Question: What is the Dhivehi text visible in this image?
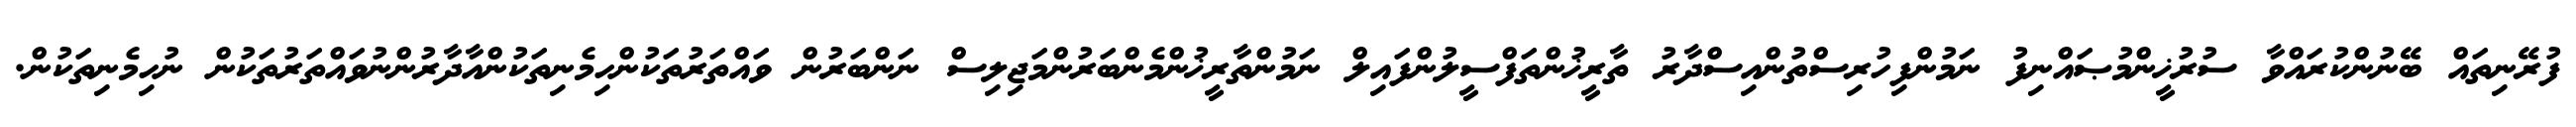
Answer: ފުރޭނިތައް ބޭނުންކުރައްވާ ސުރުޚީންމުޞައްނިފު ނަމުންފިހުރިސްތުންއިސްދާރު ތާރީޚުންތަފްސީލުންފައިލް ނަމުންތާރީޚުންމެންބަރުންމަޖިލިސް ނަންބަރުން ވައްތަރުތަކުންހިމެނިތަކުންއާދާރުންނުވައްތަރުތަކުން ނުހިމެނިތަކުން.